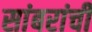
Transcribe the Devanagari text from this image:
सांबरांची